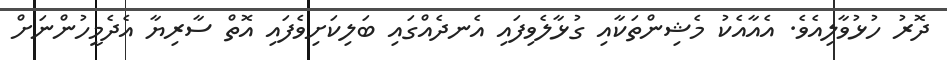
ދޮރު ހުޅުވާލިއެވެ. އެއާއެކު މެޝިންތަކާއި ގުޅާލެވިފައި އެނދެއްގައި ބަލިކަށިވެފައި އޮތް ސާރިޔާ އެދެމީހުންނަށް